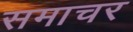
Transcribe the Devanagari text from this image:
समाचर